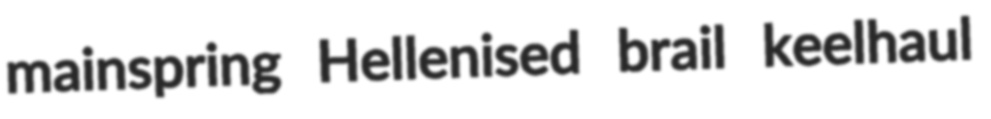
mainspring Hellenised brail keelhaul